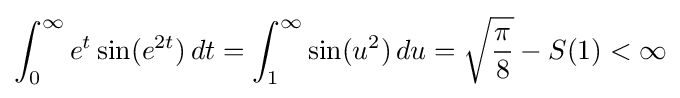
\int _{0}^{\infty }e^{t}\sin(e^{2t})\,dt=\int _{1}^{\infty }\sin(u^{2})\,du={\sqrt {\frac {\pi }{8}}}-S(1)<\infty